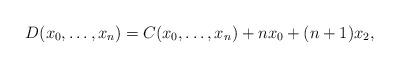
LaTeX: \begin{align*}D(x_0,\ldots,x_n) = C(x_0,\ldots,x_n)+n x_0 + (n+1) x_2,\end{align*}